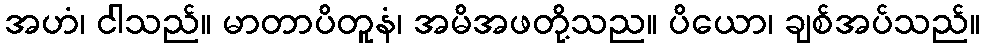
အဟံ၊ ငါသည်။ မာတာပိတူနံ၊ အမိအဖတို့သည။ ပိယော၊ ချစ်အပ်သည်။